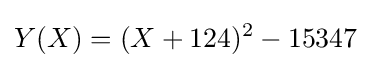
Y(X)=(X+124)^{2}-15347